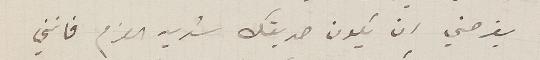
يفرحني ان يكون صديقك شديد العزم فانني